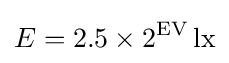
E=2.5\times 2^{\mathrm {EV} }\,\mathrm {lx}